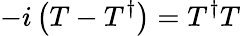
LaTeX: -i\left(T-T^{\dagger}\right)=T^{\dagger}T